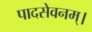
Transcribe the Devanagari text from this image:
पादसेवनम्।